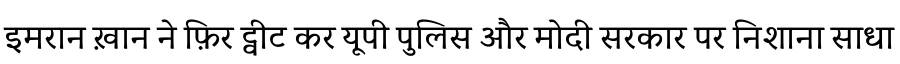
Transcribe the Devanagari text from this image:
इमरान ख़ान ने फ़िर ट्वीट कर यूपी पुलिस और मोदी सरकार पर निशाना साधा